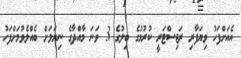
އެއަށްފަހު ވިޔަފާރި ރަޖިސްޓަރީ ކުރުމުގެ ބިލުގެ 3 ވަނަ މާއްދާގެ ނިޔަލަށް ބެއްލެވުމަށްފަހު